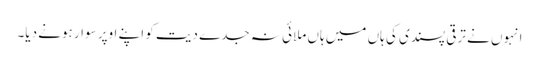
انہوں نے ترقی پسندی کی ہاں میں ہاں ملائی نہ جدے دیت کو اپنے اوپر سوار ہونے دیا۔